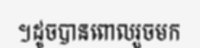
។ដូចបានពោលរួចមក